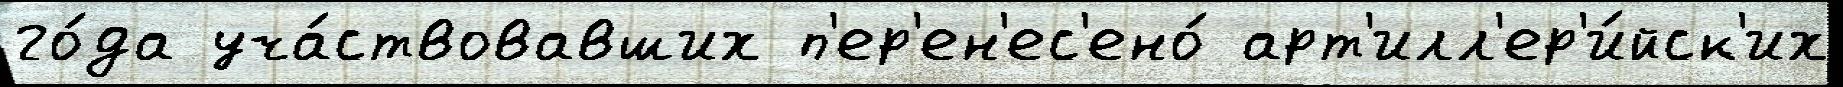
го́да уча́ствовавших п'ер'ен'ес'ено́ арт'илл'ер'и́йск'их